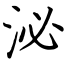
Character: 泌